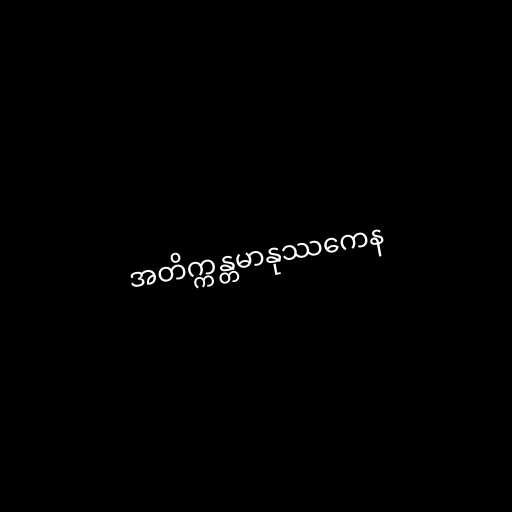
အတိက္ကန္တမာနုဿကေန